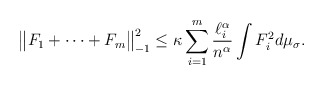
\begin{align*}\big\| F_1 + \dots + F_m \big\|^2_{-1} \leq \kappa \sum_{i=1}^m\frac{\ell_i^\alpha}{n^\alpha} \int F_i^2 d\mu_\sigma.\end{align*}